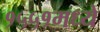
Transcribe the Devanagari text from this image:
१५५१मध्ये